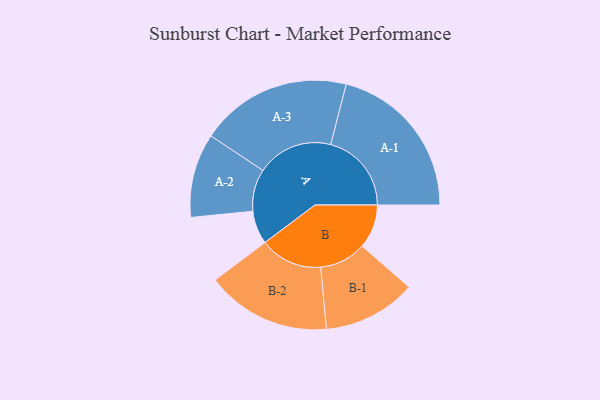
{"axis": {"x": "Segment", "y": "Value"}, "legend": ["", "A", "B"], "data": [{"x": "A", "y": 122, "type": ""}, {"x": "B", "y": 161, "type": ""}, {"x": "A-1", "y": 296, "type": "A"}, {"x": "A-2", "y": 154, "type": "A"}, {"x": "A-3", "y": 278, "type": "A"}, {"x": "B-1", "y": 171, "type": "B"}, {"x": "B-2", "y": 229, "type": "B"}]}